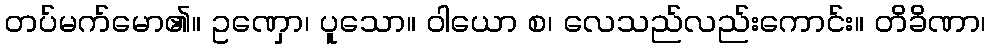
တပ်မက်မော၏။ ဥဏှော၊ ပူသော။ ဝါယော စ၊ လေသည်လည်းကောင်း။ တိခိဏာ၊